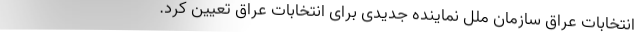
انتخابات عراق سازمان ملل نماینده جدیدی برای انتخابات عراق تعیین کرد.